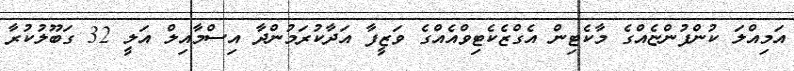
އަމިއްލަ ކުންފުންޏެއްގެ މާކެޓިން އެގްޒެކެޓިވްއެއްގެ ވަޒީފާ އަދާކުރަމުންދާ އިސްމާއިލް އަލީ 32 ގަބޫލުކުރާ